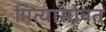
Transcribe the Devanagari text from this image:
पित्यासोबत